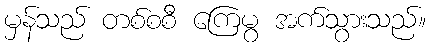
မှန်သည် တစ်စစီ ကြေမွ အက်သွားသည်။